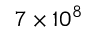
7 \times 1 0 ^ { 8 }